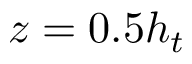
z = 0 . 5 h _ { t }